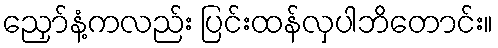
ညှော်နံ့ကလည်း ပြင်းထန်လှပါဘိတောင်း။